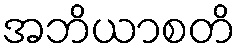
အဘိယာစတိ